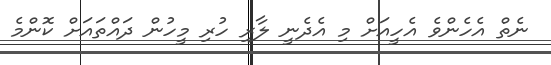
ނެތް އެހެންވެ އެހީއަށް މި އެދެނީ ލާރި ހުރި މީހުން ދައްތައަށް ކޮންމެ